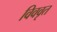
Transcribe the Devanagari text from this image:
विववृत